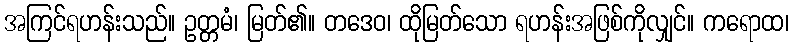
အကြင်ရဟန်းသည်။ ဥတ္တမံ၊ မြတ်၏။ တဒေဝ၊ ထိုမြတ်သော ရဟန်းအဖြစ်ကိုလျှင်။ ကရောထ၊